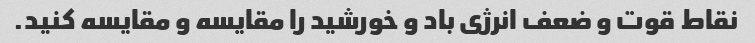
نقاط قوت و ضعف انرژی باد و خورشید را مقایسه و مقایسه کنید.